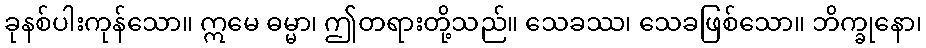
ခုနစ်ပါးကုန်သော။ ဣမေ ဓမ္မာ၊ ဤတရားတို့သည်။ သေခဿ၊ သေခဖြစ်သော။ ဘိက္ခုနော၊